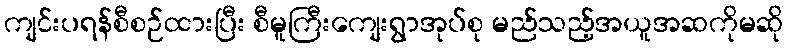
ကျင်းပရန်စီစဉ်ထားပြီး စီမူကြီးကျေးရွာအုပ်စု မည်သည့်အယူအဆကိုမဆို